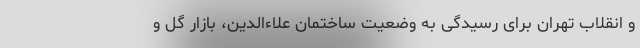
و انقلاب تهران برای رسیدگی به وضعیت ساختمان علاءالدین، بازار گل و